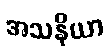
အသနိယာ